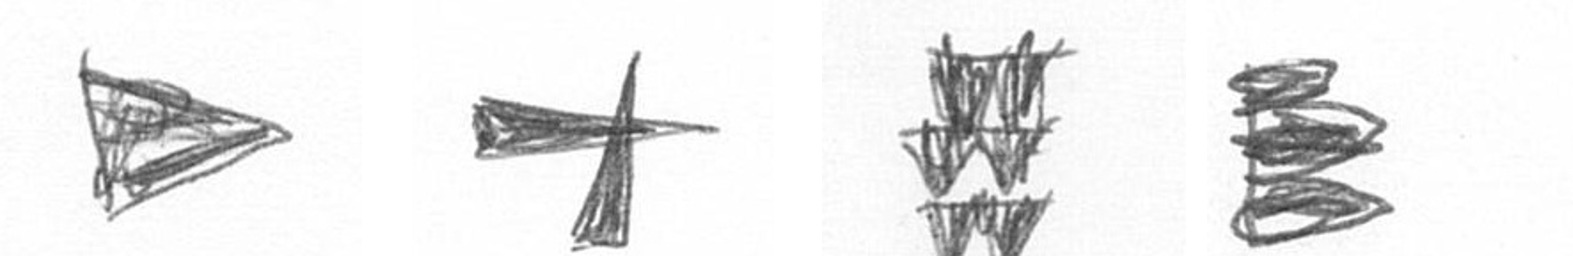
T G Y H